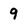
Character: 9